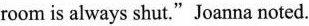
room is always shut."Joanna noted.